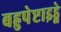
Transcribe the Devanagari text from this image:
बहुपेप्टाइड्ने